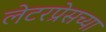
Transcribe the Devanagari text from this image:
लेटरप्रेसच्या